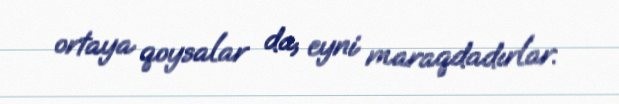
ortaya qoysalar da, eyni maraqdadırlar.